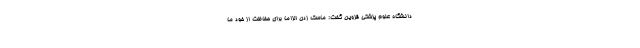
دانشگاه علوم پزشکی قزوین گفت: ماسک زدن الزاماً برای حفاظت از خود ما